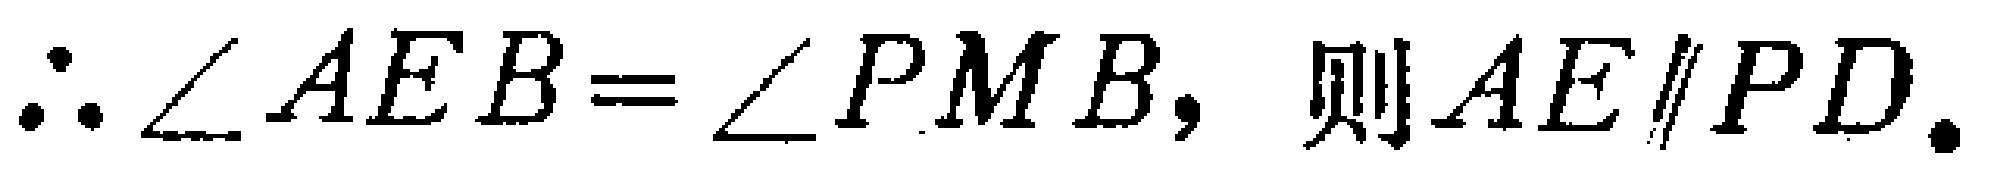
$\therefore \angle AEB=\angle PMB,$ 则$AE\parallel PD.$